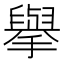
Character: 擧